Statistics compiled by the Government of India from the reports of provincial Civil Veterinary Departments
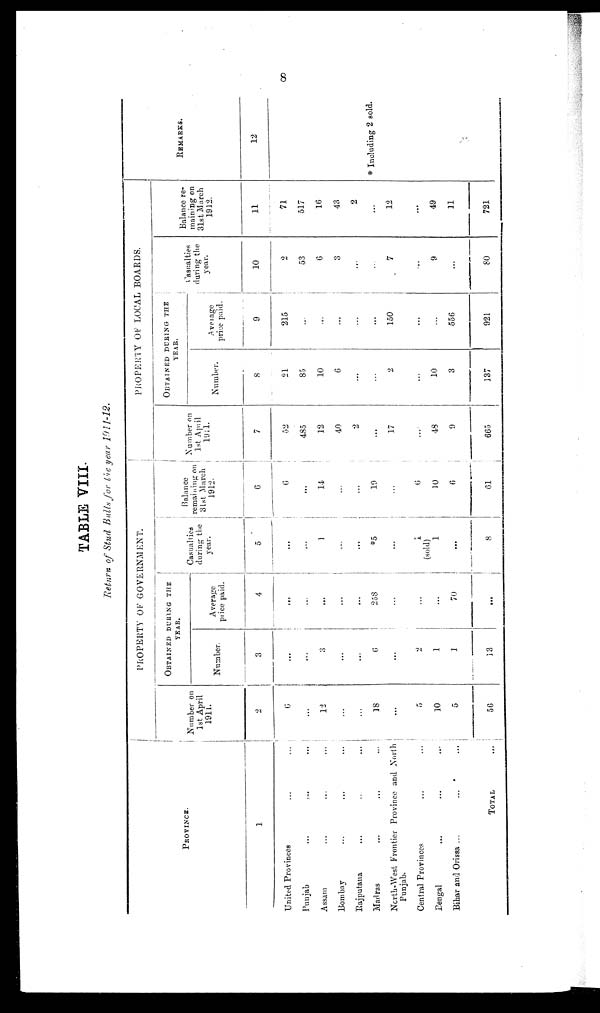
8
TABLE VIII.
Return of Stud Bulls for the year 1911-12.
PROVINCE.
1
United Provinces ... ...
Punjab
...
...
...
Assam ... ... ...
Bombay ... ... ...
Rajputana ... ... ...
Madras ... ... ...
North-West Frontier Province and North
Punjab.
Central Provinces ... ...
Bengal
...
...
...
Bihar and Orissa ... ... ...
TOTAL ...
PROPERTY OF GOVERNMENT.
Number on
1st April
1911.
2
6
...
12
...
...
18
...
5
10
5
56
OBTAINED DURING THE
YEAR.
Number.
3
...
...
3
...
...
6
...
2
1
1
13
Average
price paid.
4
...
...
...
...
...
258
...
...
...
70
...
Casualties
during the
year.
5
...
...
1
...
...
*5
...
1
(sold)
1
...
8
Balance
remaining on
31st March
1912.
6
6
...
14
...
...
19
...
6
10
6
61
PROPERTY OF LOCAL BOARDS.
Number on
1st April
1911.
7
52
485
12
40
2
...
17
...
48
9
665
OBTAINED DURING THE YEAR.
Number.
8
21
85
10
6
...
...
2
...
10
3
137
Average
price paid.
9
215
...
...
...
...
...
150
...
...
556
921
Casualties
during the
year.
10
2
53
6
3
...
...
7
...
9
...
80
Balance re-
maining on
31st March
1912.
11
71
517
16
43
2
...
12
...
49
11
721
REMARKS.
12
* Including 2 sold.